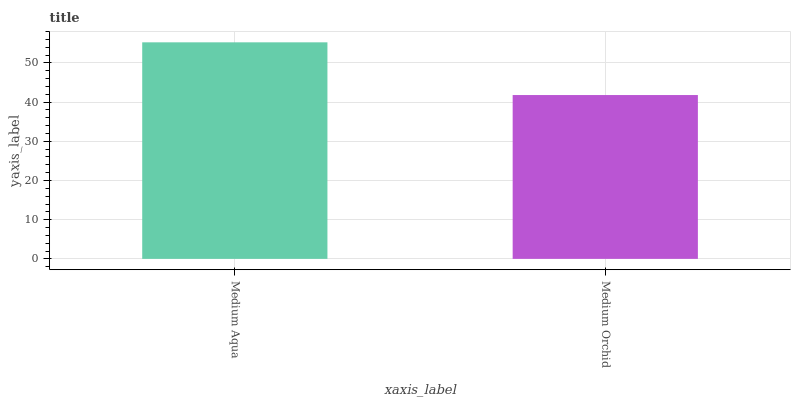
| xaxis_label | bars |
 | --- | --- |
 | Medium Aqua | 55.3 |
 | Medium Orchid | 41.8 |